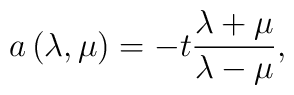
a\left ( \lambda ,\mu \right) =-t\frac{\lambda +\mu }{\lambda-\mu },